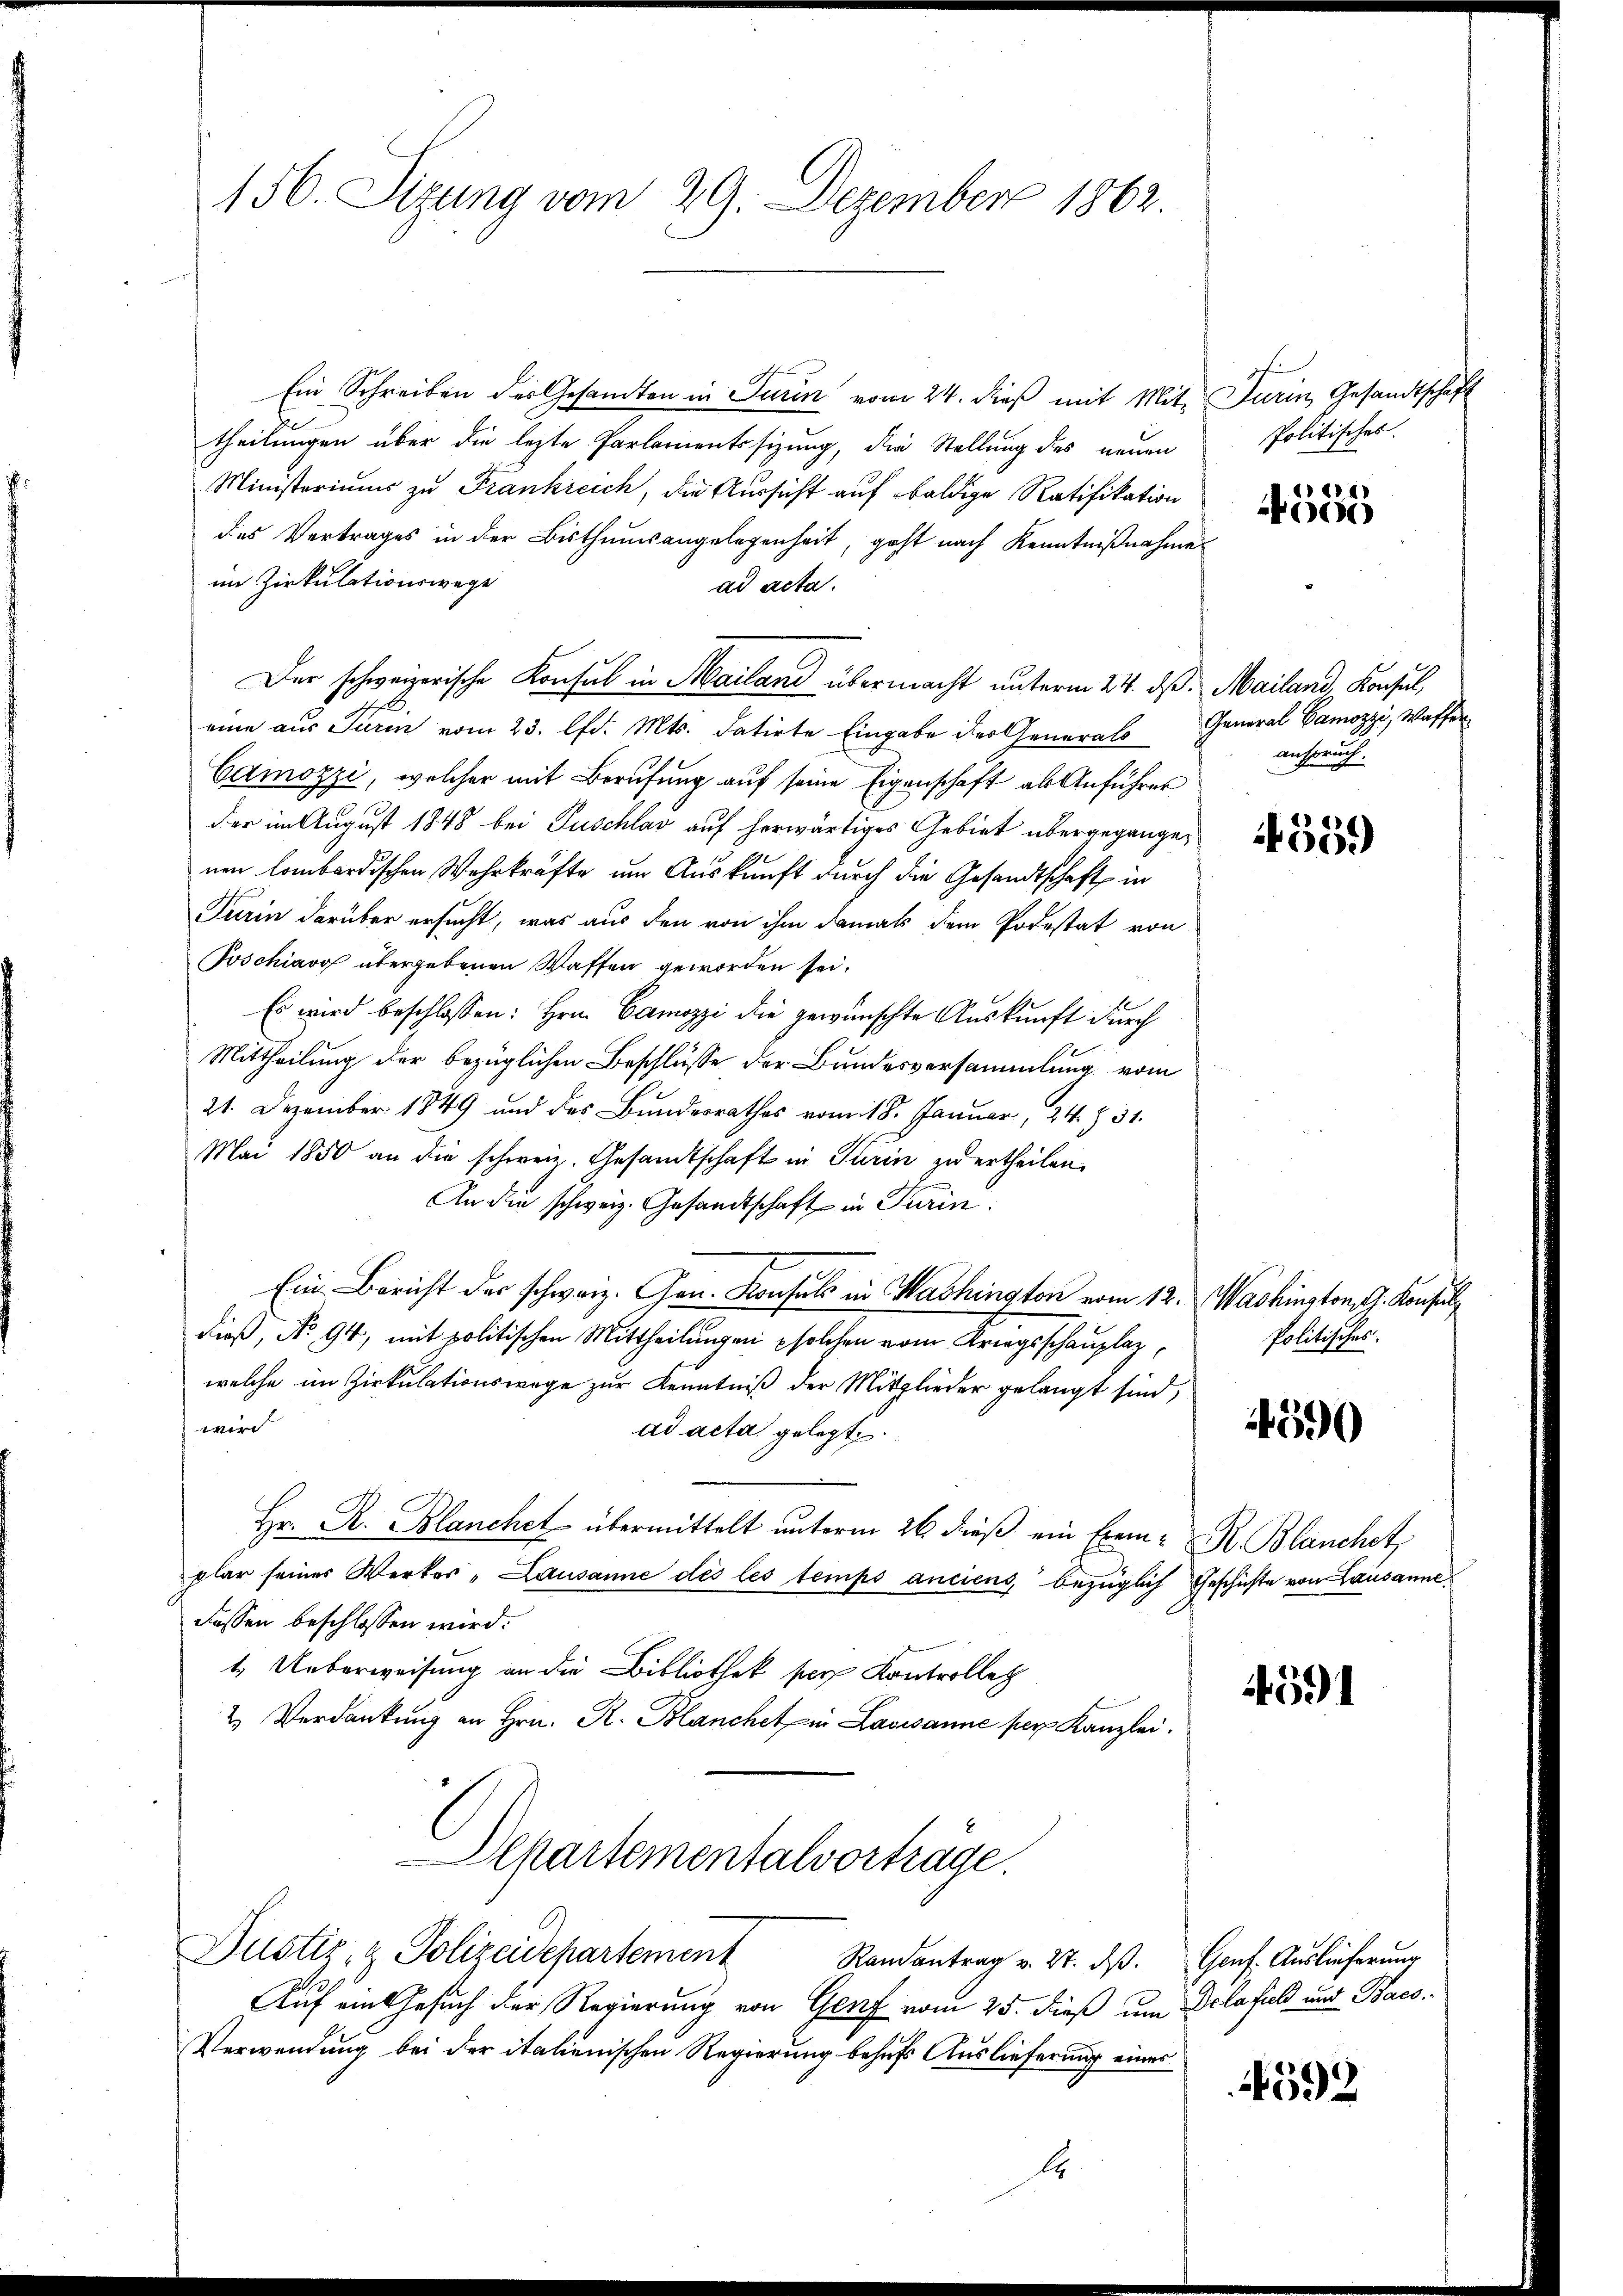
156. Sizung vom 29. Dezember 1862.

Ein Schreiben des Gesandten in Turin vom 24. dieß mit Mit-
theilungen über die lezte Parlamentssizung, die Stellung des neuen
Ministeriums zu Frankreich, die Aussicht auf baldige Ratifikation
des Vertrages in der Bisthumsangelegenheit, geht nach Kenntnißnahme
im Zirkulationswege
ad acta.
Der schweizerische Konsul in Mailand übermacht unterm 24. ds. Mailand, Konsul,
eine aus Turm vom 23. lfd. Mts. datirte Eingabe der General General Gamozzi, Waffen
Camozzi, welcher mit Berufung auf seine Eigenschaft als Anführer
der im August 1848 bei Puschlag auf herwärtiges Gebiet übergegangenen lombardischen Wehrkräfte um Auskunft durch die Gesandtschaft in
Turin darüber ersucht, was aus den von ihm damals dem Podestat von
Poschiavo übergebenen Waffen geworden sei.
Es wird beschlossen: Hrn. Camozzi die gewünschte Auskunft durch
Mittheilung der bezüglichen Beschlüsse der Bundesversammlung vom
21. Dezember 1849 und des Bundesrathes vom 18. Januar, 24 § 31.
Mai 1850 an die schweiz. Gesandtschaft in Turin zu ertheilen.
An den schweiz. Gesandtschaft in Turin
Ein Bericht der schwarz. Gen. Konsuls in Washington vom 12. Washington G. Konsul
dieß, No. 94, mit politischen Mittheilungen solchen vom Kriegsschauplaz,
welche im Zirkulationswege zur Kenntniß der Mitglieder gelangt sind,
wir
ad acta gelegt.
Hr. R. Blanchet übermittelt unterm 26 dieß ein Exemplar seiner Werker "Lausanne dès les temps anciens, bezüglich Geschichte von Lausanne
Fassen beschlossen wird.
1. Ueberweisung an die Bibliothek per Kontrolleg
2 Verdankŭng an Hrn. R. Blanchet in Lausanne per Kanzlei.
Departementalvortrage.
Justiz- & Polizeidepartement Randantrag v. 27. dβ. Genf. Auslieferung
Auf ein Gesuch der Regierung von Genf vom 25. dieß um Dela field und Baco¬
Verwendung bei der italienischen Regierung behufs Auslieferung eines
A

Turin, Gesandtschaft
Politisches.

4565

anspruch.

559

Politisches.

590

R. Blanchet,

4591

4592